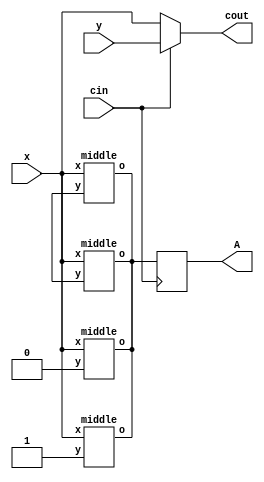
module top
(
input x,
input y,
input cin,

output reg A,
output cout
);
parameter X = 1;
wire o;

always @(posedge cin)
A <= o;

assign cout = cin? y : x;

middle u_mid1 (.x(x),.o(o),.y(1'b0));
middle u_mid2 (.x(x),.o(o),.y(1'b1));
middle u_mid3 (.x(x),.o(o),.y(1'bX));
middle u_mid4 (.x(x),.o(o),.y(1'bX));

endmodule

module middle
(
input x,
input y,
output o
);

urtl u_urtl (.x(x),.o(o),.y(y));
endmodule

module urtl
(
input x,
input y,
output o
);

assign o = x + y;
endmodule